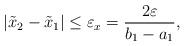
LaTeX: \begin{align*}\left| {{{\tilde x}_2} - {{\tilde x}_1}} \right| \le {\varepsilon _x} = \frac{{2\varepsilon }}{{{b_1} - {a_1}}},\end{align*}